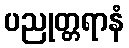
ပညုတ္တရာနံ